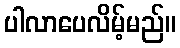
ပါလာပေလိမ့်မည်။